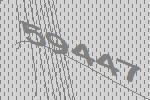
59447